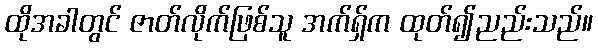
ထိုအခါတွင် ဇာတ်လိုက်ဖြစ်သူ အက်ရှ်က ထုတ်၍ညည်းသည်။